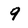
Character: 9